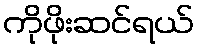
ကိုဖိုးဆင်ရယ်